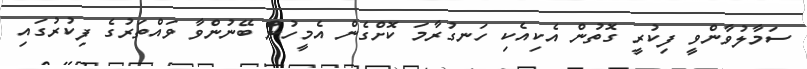
ސަމާލުވާންވީ ފިކުރީ ގޮތުން އެކިއެކި ހަނގުރާމަ ކޮށްގެން އެމީހުން ބޭނުންވާ ވައްތަރުގެ ފިކުރުގައި